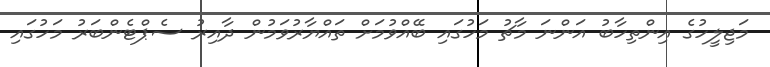
މަޖިލީހުގެ އިންތިހާބު އަންނަ މާޗު މަހުގައި ބޭއްވުމަށް ތައްޔާރުވަމުން ދާއިރު ސެޕްޓެންބަރު މަހުގައި